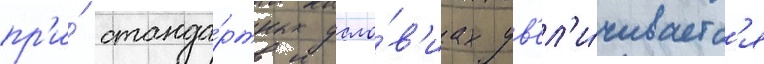
пр'и́ станда́ртных усло́в'иах ув'ел'и́чиваетс'я